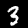
Digit: 3